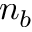
n _ { b }